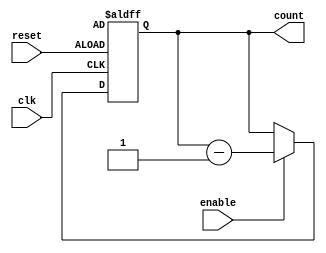
module BCD_Down_Counter (
    input wire clk,
    input wire reset,
    input wire enable,
    output reg [3:0] count
);

reg [3:0] initial_value;

always @ (posedge clk or posedge reset)
begin
    if (reset)
        count <= initial_value;
    else if (enable)
        count <= count - 4'b0001;
end

endmodule